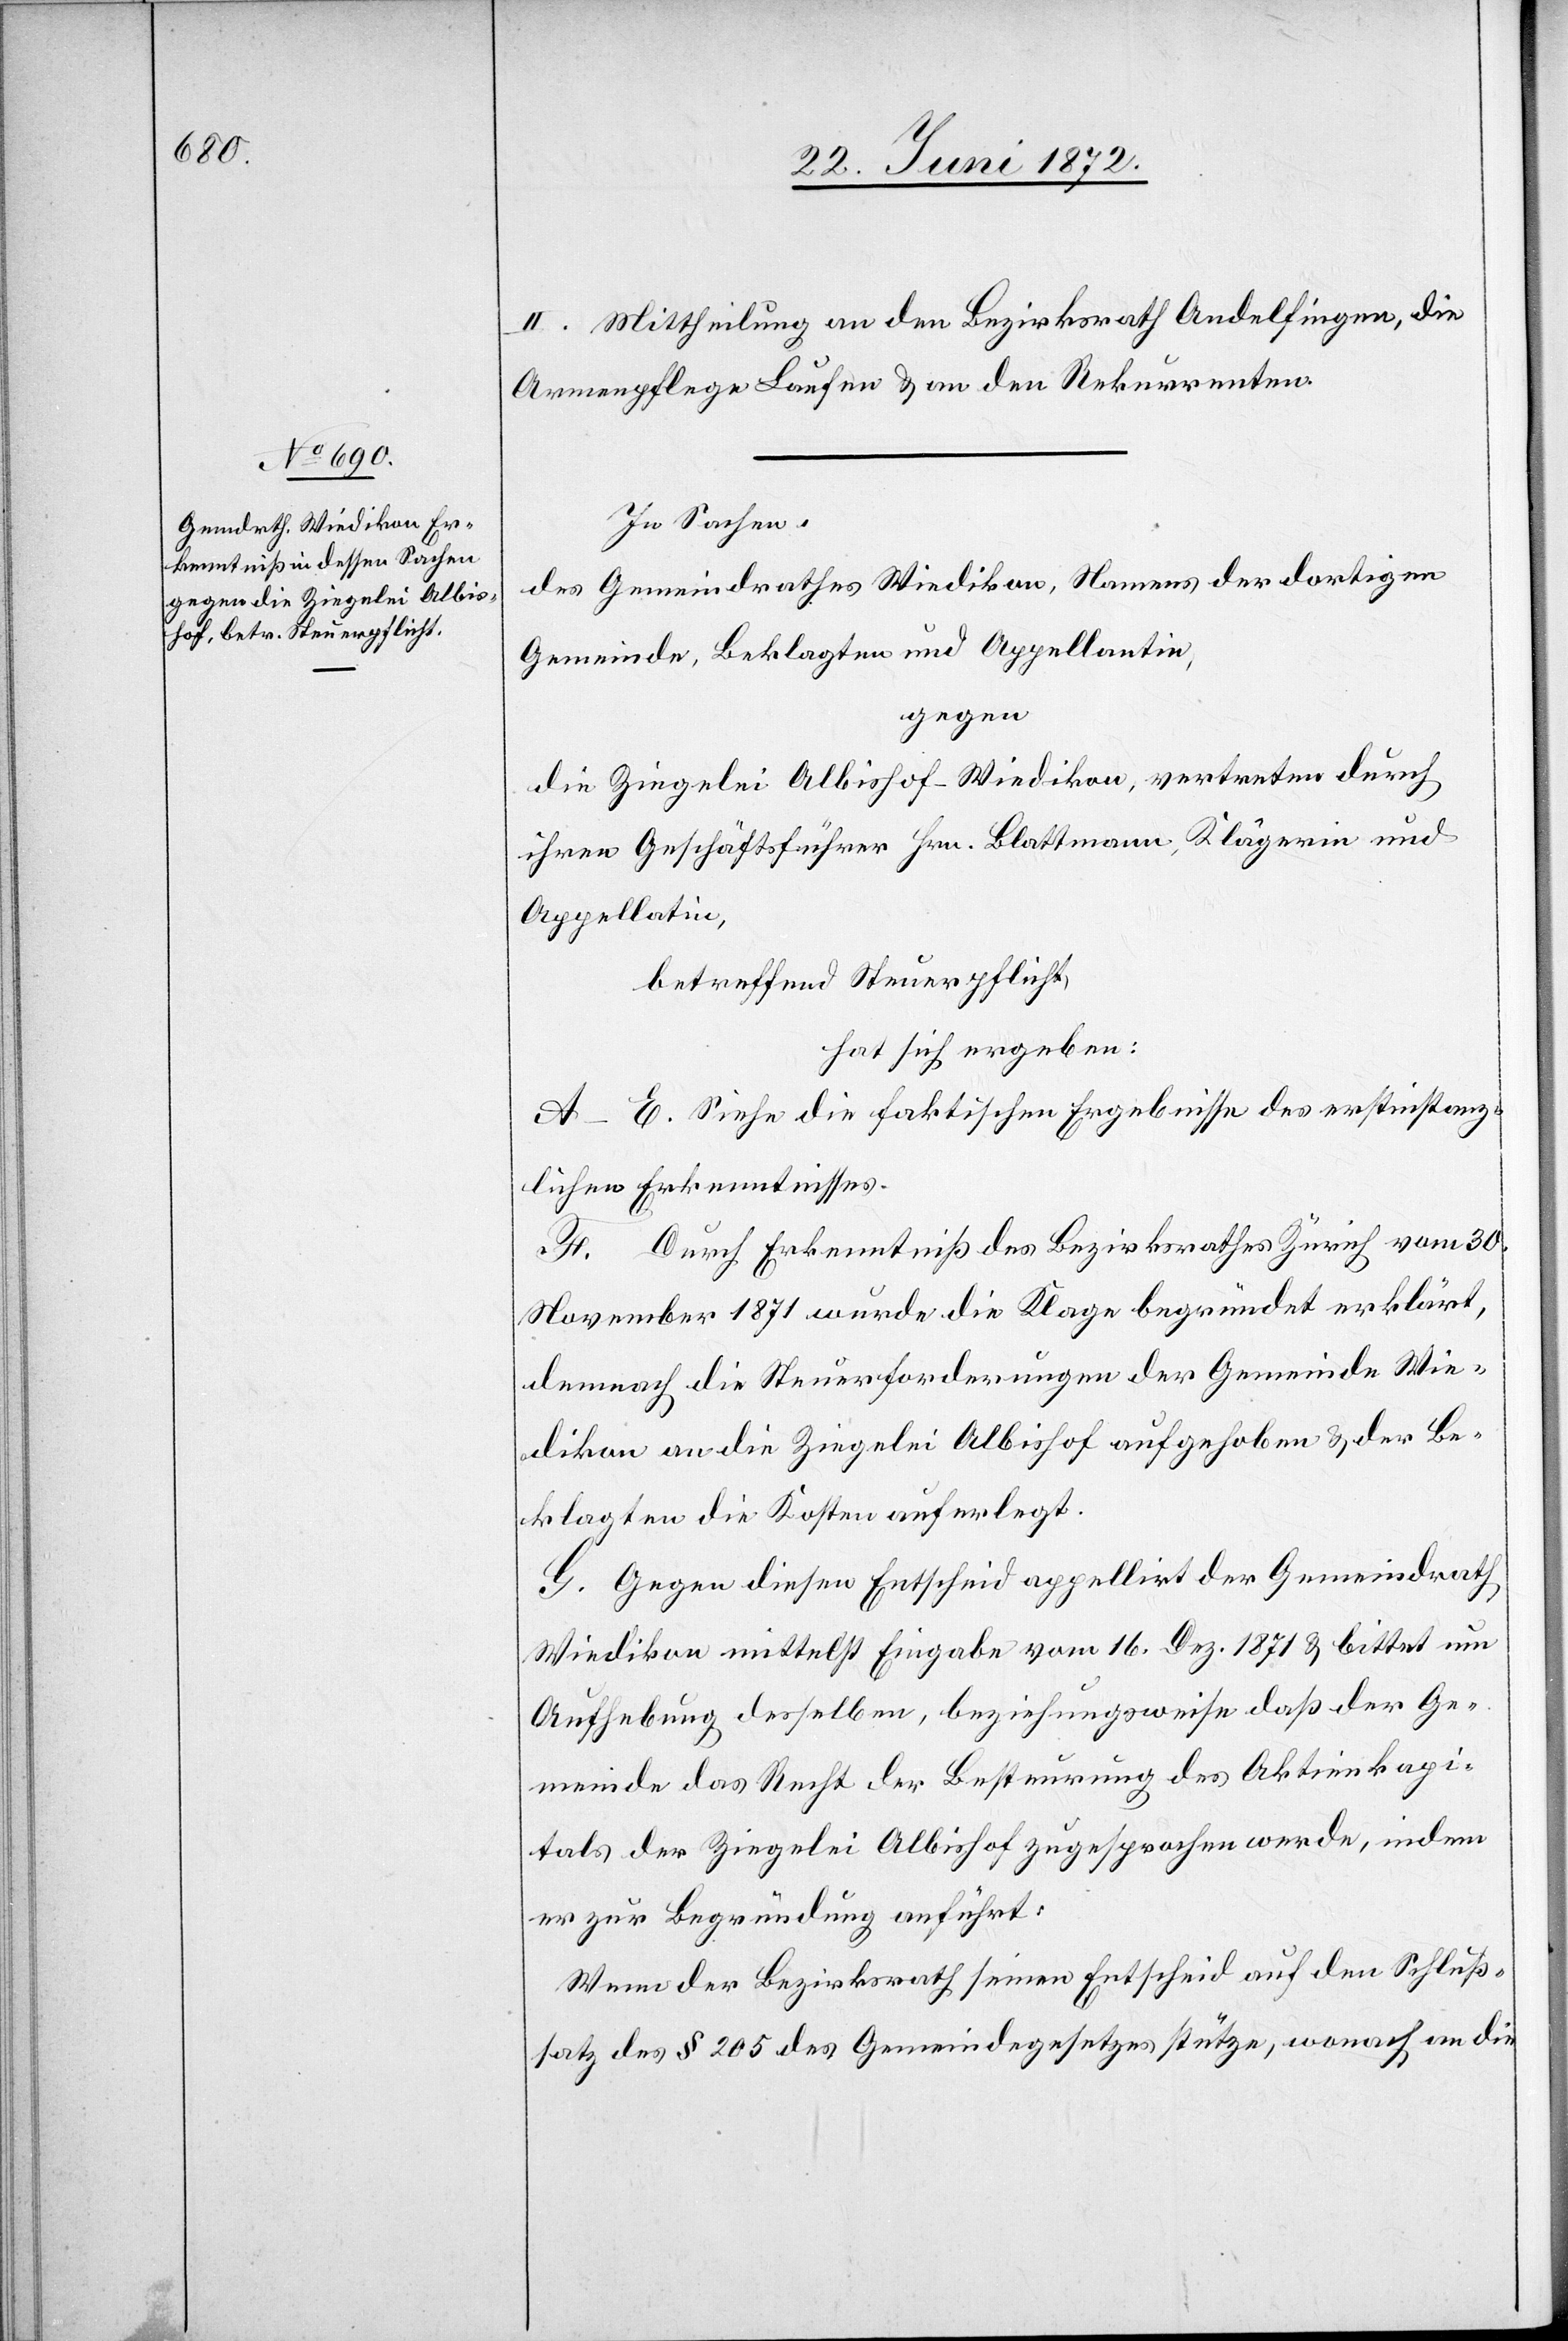
II. Mittheilung an den Bezirksrath Andelfingen, die
Armenpflege Laufen u. an den Rekurrenten.
In Sachen
des Gemeindrathes Wiedikon, Namens der dortigen
Gemeinde, Beklagten und Appellantin,
gegen
die Ziegelei Albishof-Wiedikon, vertreten durch
ihren Geschäftsführer Hrn. Blattmann, Klägerin und
Appellatin,
betreffend Steuerpflicht,
hat sich ergeben:
A–E. Siehe die faktischen Ergebnisse des erstinstanz¬
lichen Erkenntnisses.
F. Durch Erkenntniß des Bezirksrathes Zürich vom 30.
November 1871 wurde die Klage begründet erklärt,
demnach die Steuerforderungen der Gemeinde Wie¬
dikon an die Ziegelei Albishof aufgehoben u. der Be¬
klagten die Kosten auferlegt.
G. Gegen diesen Entscheid appellirt der Gemeindrath
Wiedikon mittelst Eingabe vom 16. Dez. 1871 u. bittet um
Aufhebung desselben, beziehungsweise daß der Ge¬
meinde das Recht der Besteurung des Aktienkapi¬
tals der Ziegelei Albishof zugesprochen werde, indem
er zur Begründung anführt:
Wenn der Bezirksrath seinen Entscheid auf den Schluß¬
satz des § 205 des Gemeindegesetzes stütze, wonach an die